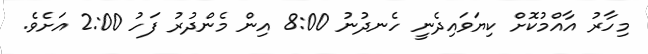
މިހާރު އާއްމުކޮށް ކިޔަވައިދެނީ ހެނދުނު 8:00 އިން މެންދުރު ފަހު 2:00 އަށެވެ.